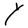
Character: Y